Indian journal of veterinary science and animal husbandry - Volume 12,
Year: 1942
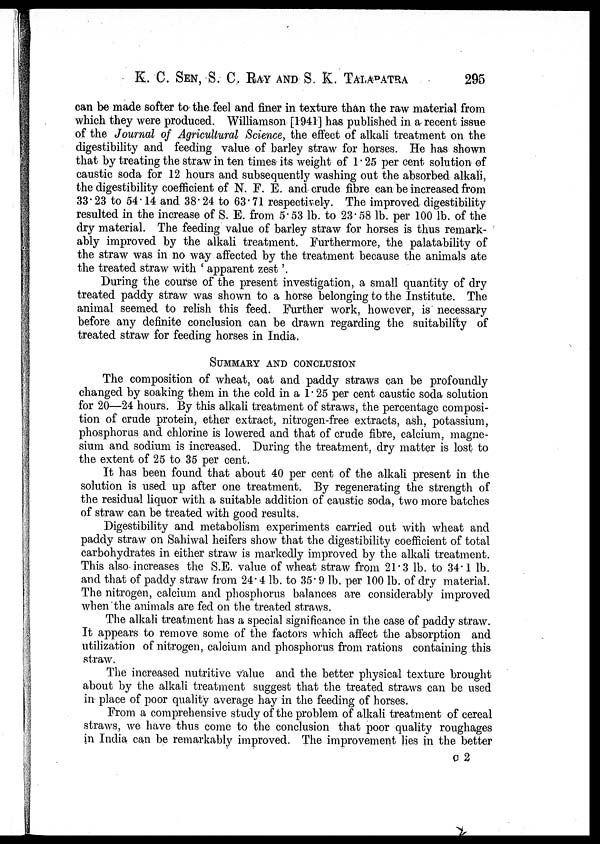
K. C. SEN, S. C. RAY AND S. K. TALAPATRA 295
can be made softer to the feel and finer in texture than the raw material from
which they were produced. Williamson [1941] has published in a recent issue
of the Journal of Agricultural Science, the effect of alkali treatment on the
digestibility and feeding value of barley straw for horses. He has shown
that by treating the straw in ten times its weight of 1.25 per cent solution of
caustic soda for 12 hours and subsequently washing out the absorbed alkali,
the digestibility coefficient of N. F. E. and crude fibre can be increased from
33.23 to 54.14 and 38.24 to 63.71 respectively. The improved digestibility
resulted in the increase of S. E. from 5.53 lb. to 23.58 lb. per 100 lb. of the
dry material. The feeding value of barley straw for horses is thus remark-
ably improved by the alkali treatment. Furthermore, the palatability of
the straw was in no way affected by the treatment because the animals ate
the treated straw with ' apparent zest'.
During the course of the present investigation, a small quantity of dry
treated paddy straw was shown to a horse belonging to the Institute. The
animal seemed to relish this feed. Further work, however, is necessary
before any definite conclusion can be drawn regarding the suitability of
treated straw for feeding horses in India.
SUMMARY AND CONCLUSION
The composition of wheat, oat and paddy straws can be profoundly
changed by soaking them in the cold in a 1.25 per cent caustic soda solution
for 20—24 hours. By this alkali treatment of straws, the percentage composi-
tion of crude protein, ether extract, nitrogen-free extracts, ash, potassium,
phosphorus and chlorine is lowered and that of crude fibre, calcium, magne-
sium and sodium is increased. During the treatment, dry matter is lost to
the extent of 25 to 35 per cent.
It has been found that about 40 per cent of the alkali present in the
solution is used up after one treatment. By regenerating the strength of
the residual liquor with a suitable addition of caustic soda, two more batches
of straw can be treated with good results.
Digestibility and metabolism experiments carried out with wheat and
paddy straw on Sahiwal heifers show that the digestibility coefficient of total
carbohydrates in either straw is markedly improved by the alkali treatment.
This also increases the S.E. value of wheat straw from 21.3 lb. to 34.1 lb.
and that of paddy straw from 24.4 lb. to 35.9 lb. per 100 lb. of dry material.
The nitrogen, calcium and phosphorus balances are considerably improved
when the animals are fed on the treated straws.
The alkali treatment has a special significance in the case of paddy straw.
It appears to remove some of the factors which affect the absorption and
utilization of nitrogen, calcium and phosphorus from rations containing this
straw.
The increased nutritive value and the better physical texture brought
about by the alkali treatment suggest that the treated straws can be used
in place of poor quality average hay in the feeding of horses.
From a comprehensive study of the problem of alkali treatment of cereal
straws, we have thus come to the conclusion that poor quality roughages
in India can be remarkably improved. The improvement lies in the better
C 2